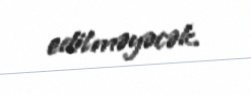
edilməyəcək.